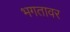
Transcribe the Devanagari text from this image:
भगतावर